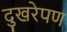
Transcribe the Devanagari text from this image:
दुखरेपण